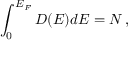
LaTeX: \int _ { 0 } ^ { E _ { F } } D ( E ) d E = N \, ,